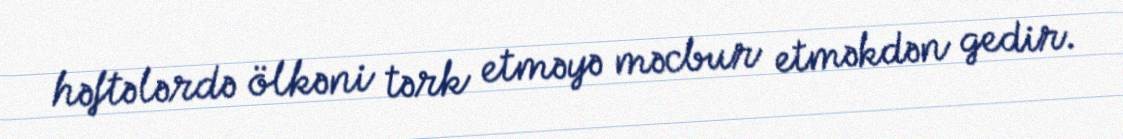
həftələrdə ölkəni tərk etməyə məcbur etməkdən gedir.